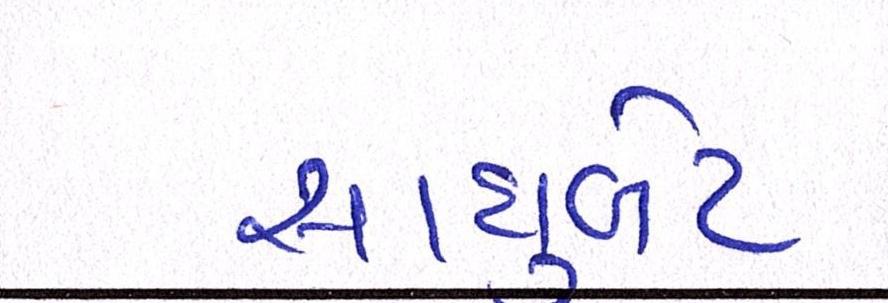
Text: સાધુબેટ